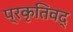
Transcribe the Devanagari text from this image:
प्रकृतिवद्